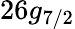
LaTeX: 26g_{7/2}